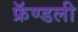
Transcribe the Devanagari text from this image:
फ्रॅण्डली